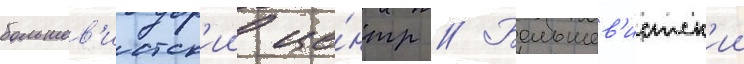
большев'истск'ии це́нтр // Большев'истск'ии